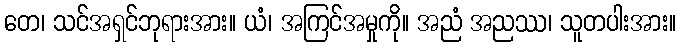
တေ၊ သင်အရှင်ဘုရားအား။ ယံ၊ အကြင်အမှုကို။ အညံ အညဿ၊ သူတပါးအား။